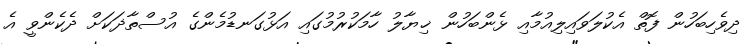
ދިވެހިބަހުން ފޮތް އެކުލަވައިލިއުމާއި ޅެންބަހުން ޚިޔާލު ހާމަކުރުމުގައި އަޅުގަނޑުމެންގެ އުސްތާޛަކަށް ދެކެންވީ އެ